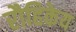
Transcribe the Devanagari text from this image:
रौहिकेय